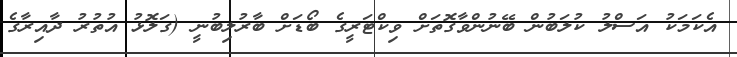
އެކަމަކު އަސްލު ކުލަބުން ބޭނުންވާގޮތަށް ވިކްޓަރީގެ ބޯޑަށް ބާރުލިބުނީ (ގަލޮޅު އުތުރު ދާއިރާގެ